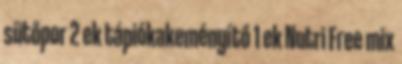
sütőpor 2 ek tápiókakeményítő 1 ek Nutri Free mix